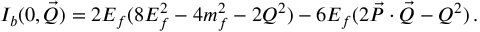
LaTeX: I _ { b } ( 0 , \vec { \cal Q } ) = 2 E _ { f } ( 8 E _ { f } ^ { 2 } - 4 m _ { f } ^ { 2 } - 2 { \cal Q } ^ { 2 } ) - 6 E _ { f } ( 2 \vec { P } \cdot \vec { \cal Q } - { \cal Q } ^ { 2 } ) \, .